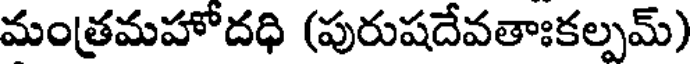
మంత్రమహోదధి (పురుషదేవతాఃకల్పమ్)